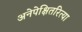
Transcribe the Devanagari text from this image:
अनेपेक्षितरित्या